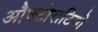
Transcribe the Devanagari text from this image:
औक्टोराटियो